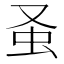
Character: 𧈡